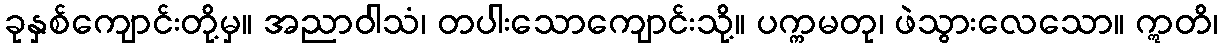
ခုနှစ်ကျောင်းတို့မှ။ အညာဝါသံ၊ တပါးသောကျောင်းသို့။ ပက္ကမတု၊ ဖဲသွားလေသော။ ဣတိ၊